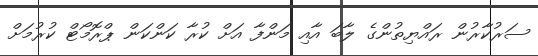
ސަރުކާރުން ރައްޔިތުންގެ ލާބަ އާއި މަންފާ އަށް ކުރާ ކަންކަން ޕްރޮމޯޓް ކުރުމަށް